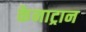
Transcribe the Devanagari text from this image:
केनाट्रान